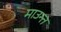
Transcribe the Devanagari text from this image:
माउन्त